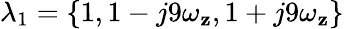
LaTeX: \lambda_{1}=\left\{ 1,1-j9\omega_{\mathbf{z}},1+j9\omega_{\mathbf{z}}\right\}